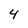
Character: 4